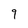
Character: 9